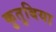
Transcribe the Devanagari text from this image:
कुतुबिया